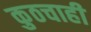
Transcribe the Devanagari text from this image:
कुठचाही